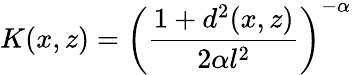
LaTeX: K(x,z)=\left(\frac{1+d^{2}(x,z)}{2\alpha l^{2}}\right)^{-\alpha}